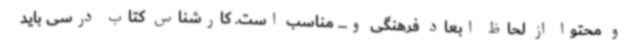
و محتوا از لحاظ ابعاد فرهنگی و... مناسب است. کارشناس کتاب درسی باید